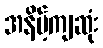
အနိမ့်ကျဆုံး